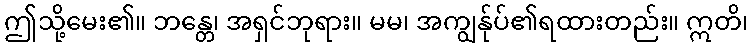
ဤသို့မေး၏။ ဘန္တေ၊ အရှင်ဘုရား။ မမ၊ အကျွန်ုပ်၏ရထားတည်း။ ဣတိ၊